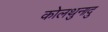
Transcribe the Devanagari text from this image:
कोलथुनादु